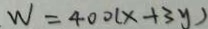
W = 4 0 0 ( x + 3 y )